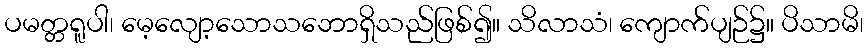
ပမတ္တရူပါ၊ မေ့လျော့သောသဘောရှိသည်ဖြစ်၍။ သိလာသံ၊ ကျောက်ပျဉ်၌။ ပိသာမိ၊